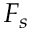
F _ { s }